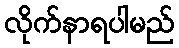
လိုက်နာရပါမည်